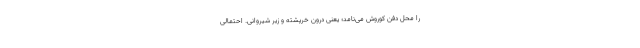
را محل دفن کوروش می‌نامد؛ یعنی درون خرپشته و زیر شیروانی. احتمالی